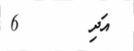
އަދި       6